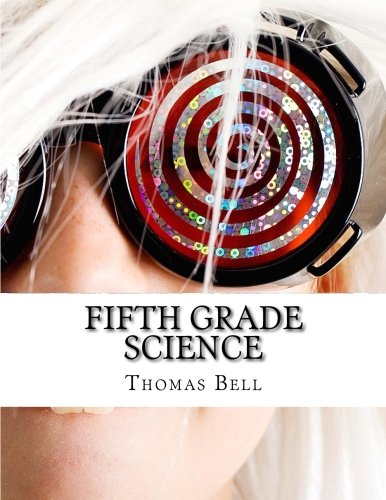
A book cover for Fifth Grade Science: (For Home School or Extra Practice); Thomas Bell; Children's Books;